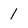
Character: 1